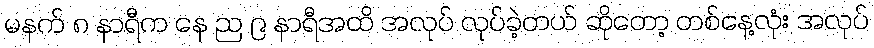
မနက် ၈ နာရီက နေ ည ၉ နာရီအထိ အလုပ် လုပ်ခဲ့တယ် ဆိုတော့ တစ်နေ့လုံး အလုပ်